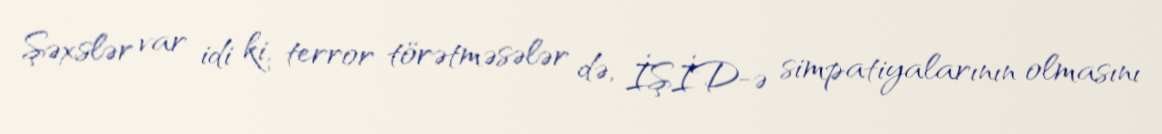
Şəxslər var idi ki, terror törətməsələr də, İŞİD-ə simpatiyalarının olmasını